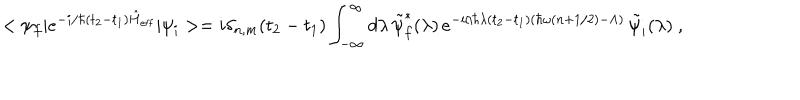
LaTeX: < \psi _ { f } | e ^ { - i / \hbar ( t _ { 2 } - t _ { 1 } ) \hat { H } _ { \mathrm { e f f } } } | \psi _ { i } > = i \delta _ { n , m } ( t _ { 2 } - t _ { 1 } ) \int _ { - \infty } ^ { \infty } d \lambda \, \tilde { \psi } _ { f } ^ { * } ( \lambda ) \, e ^ { - i / \hbar \lambda ( t _ { 2 } - t _ { 1 } ) ( \hbar \omega ( n + 1 / 2 ) - \Lambda ) } \, \tilde { \psi } _ { i } ( \lambda ) \ ,